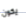
يكون